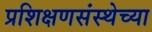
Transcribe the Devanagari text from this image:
प्रशिक्षणसंस्थेच्या